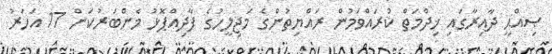
ޞިއްޙީ ދާއިރާގައި ޚިދްމަތް ކުރައްވަމުން ރައްޔިތުންގެ މަޖިލީހުގެ ފާދިއްޕޮޅު މެންބަރުކަން 17 އަހަރު